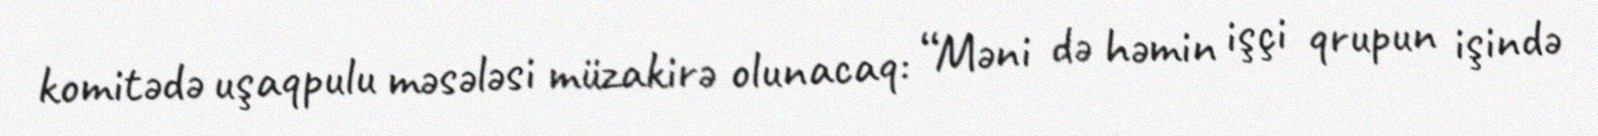
komitədə uşaqpulu məsələsi müzakirə olunacaq: “Məni də həmin işçi qrupun işində